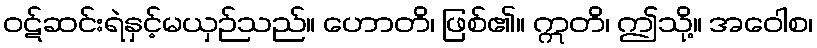
ဝဋ်ဆင်းရဲနှင့်မယှဉ်သည်။ ဟောတိ၊ ဖြစ်၏။ ဣတိ၊ ဤသို့။ အဝေါစ၊